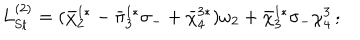
L _ { \mathrm { S t } } ^ { ( 2 ) } = ( { \bar { \chi } } _ { 2 } ^ { 1 * } - { \bar { \pi } } _ { 3 } ^ { 1 * } \sigma _ { - } + { \bar { \chi } } _ { 4 } ^ { 3 * } ) \omega _ { 2 } + { \bar { \chi } } _ { 3 } ^ { 1 * } \sigma _ { - } \chi _ { 4 } ^ { 3 } \, ;